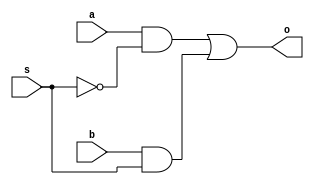
module mxgt(a,b,s,o);
  input a,b,s;
  output o;
  wire sc,x,y;
  not (sc,s);
  and g1(x,a,sc);
  and g2(y,b,s);
  or g3(o,x,y);
endmodule